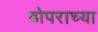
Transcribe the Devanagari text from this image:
ढोपराच्या